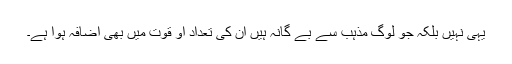
یہی نہیں بلکہ جو لوگ مذہب سے بے گانہ ہیں ان کی تعداد او قوت میں بھی اضافہ ہوا ہے۔